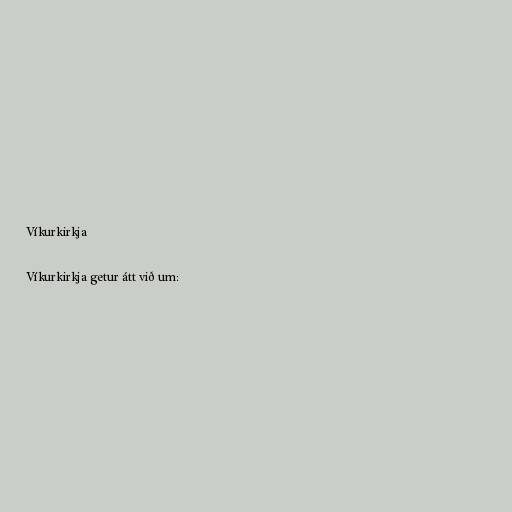
Víkurkirkja

Víkurkirkja getur átt við um: